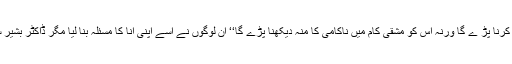
اس طالبہ کو ہر حال میں مشقی کام کرنا پڑ ے گا ورنہ اس کو مشقی کام میں ناکامی کا منہ دیکھنا پڑے گا‘‘ ان لوگوں نے اسے اپنی انا کا مسئلہ بنا لیا مگر ڈاکٹر بشیر سیفی اپنے اصولوں کے پکے تھے۔